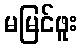
မမြင်ဖူး